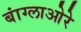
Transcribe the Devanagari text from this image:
बांग्लाओरे